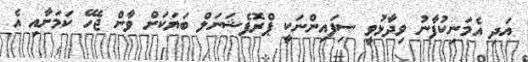
އަދި އެމަނިކުފާނު ވިދާޅުވީ ސިފައިންނަކީ ޕްރޮފެޝަނަލް ބަޔަކަށް ވާން ޖެހޭ ކަމަށާއި އެ